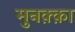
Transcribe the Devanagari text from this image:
मुनक़्क़ा